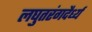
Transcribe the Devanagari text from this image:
लघुतरंगदैर्ध्य